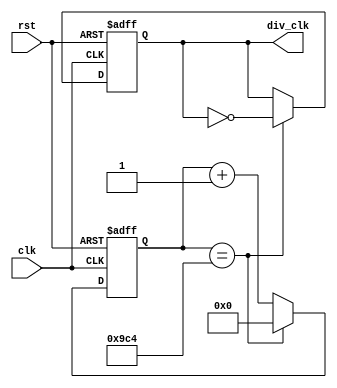
`define TimeExpire 2500

module clk_div(clk,rst,div_clk);
input clk,rst;
output div_clk;

reg div_clk;
reg [31:0]count;

always @(posedge clk or negedge rst)
    begin 
        if(!rst)
        begin 
            count <= 32'd0;
            div_clk <= 1'b0;
        end
        else
        begin 
            if(count == `TimeExpire)
            begin 
                count <= 32'd0;
                div_clk <= ~div_clk;
            end
            else
            begin
                count <= count + 32'd1;
            end
        end
    end

endmodule


module keypad (clk, rst, keyRow, keyCol, keyBuf);
    input clk, rst;
    input [3:0]keyCol;
    output reg [3:0]keyRow;
    output reg [3:0] keyBuf;
    reg [31:0] keyDelay;
    always @(posedge clk or negedge rst)begin
        if(!rst)
        begin
            keyDelay <= 31'd0;
            keyBuf <= 4'b0;
            keyRow <= 4'b1110; 
        end
        else
        begin
            case({keyRow, keyCol})
                8'b1110_1110 : keyBuf <= 4'h7;
                8'b1110_1101 : keyBuf <= 4'h4;
                8'b1110_1011 : keyBuf <= 4'h1;
                8'b1110_0111 : keyBuf <= 4'h0;

                8'b1101_1110 : keyBuf <= 4'h8;
                8'b1101_1101 : keyBuf <= 4'h5;
                8'b1101_1011 : keyBuf <= 4'h2;
                8'b1101_0111 : keyBuf <= 4'ha;

                8'b1011_1110 : keyBuf <= 4'h9;
                8'b1011_1101 : keyBuf <= 4'h6;
                8'b1011_1011 : keyBuf <= 4'h3;
                8'b1011_0111 : keyBuf <= 4'hb;

                8'b0111_1110 : keyBuf <= 4'hc;
                8'b0111_1101 : keyBuf <= 4'hd;
                8'b0111_1011 : keyBuf <= 4'he;
                8'b0111_0111 : keyBuf <= 4'hf;
            endcase
            case(keyRow)
                4'b1110 : keyRow <= 4'b1101;
                4'b1101 : keyRow <= 4'b1011;
                4'b1011 : keyRow <= 4'b0111;
                4'b0111 : keyRow <= 4'b1110;
                default : keyRow <= 4'b1110;
            endcase
        end
    end
endmodule


module dot_control (clk_div,rst,keyBuf,row,col);
    input clk_div,rst;
    input [3:0]keyBuf;
    output reg [7:0] row,col;
    reg [2:0] state;
    always @(posedge clk_div or negedge rst) begin
        if(rst == 0)
        begin
            row <= 8'd0;
            col <= 8'd0;
        end
        else
        begin
            case(keyBuf)
                4'd0:
                begin
                    case (state)
                        3'd0:begin row <= 8'b01111111; col <= 8'b00000000; end
                        3'd1:begin row <= 8'b10111111; col <= 8'b00000000; end
                        3'd2:begin row <= 8'b11011111; col <= 8'b00000000; end
                        3'd3:begin row <= 8'b11101111; col <= 8'b00000000; end
                        3'd4:begin row <= 8'b11110111; col <= 8'b00000000; end
                        3'd5:begin row <= 8'b11111011; col <= 8'b00000000; end
                        3'd6:begin row <= 8'b11111101; col <= 8'b11000000; end
                        3'd7:begin row <= 8'b11111110; col <= 8'b11000000; end
                    endcase
                    state <= state + 1'b1;
                end
                4'd1:
                begin
                    case (state)
                        3'd0:begin row <= 8'b01111111; col <= 8'b00000000; end
                        3'd1:begin row <= 8'b10111111; col <= 8'b00000000; end
                        3'd2:begin row <= 8'b11011111; col <= 8'b00000000; end
                        3'd3:begin row <= 8'b11101111; col <= 8'b00000000; end
                        3'd4:begin row <= 8'b11110111; col <= 8'b00000000; end
                        3'd5:begin row <= 8'b11111011; col <= 8'b00000000; end
                        3'd6:begin row <= 8'b11111101; col <= 8'b00110000; end
                        3'd7:begin row <= 8'b11111110; col <= 8'b00110000; end
                    endcase
                    state <= state + 1'b1;
                end
                4'd4:
                begin
                    case (state)
                        3'd0:begin row <= 8'b01111111; col <= 8'b00000000; end
                        3'd1:begin row <= 8'b10111111; col <= 8'b00000000; end
                        3'd2:begin row <= 8'b11011111; col <= 8'b00000000; end
                        3'd3:begin row <= 8'b11101111; col <= 8'b00000000; end
                        3'd4:begin row <= 8'b11110111; col <= 8'b00000000; end
                        3'd5:begin row <= 8'b11111011; col <= 8'b00000000; end
                        3'd6:begin row <= 8'b11111101; col <= 8'b00001100; end
                        3'd7:begin row <= 8'b11111110; col <= 8'b00001100; end
                    endcase
                    state <= state + 1'b1;
                end
                4'd7:
                begin
                    case (state)
                        3'd0:begin row <= 8'b01111111; col <= 8'b00000000; end
                        3'd1:begin row <= 8'b10111111; col <= 8'b00000000; end
                        3'd2:begin row <= 8'b11011111; col <= 8'b00000000; end
                        3'd3:begin row <= 8'b11101111; col <= 8'b00000000; end
                        3'd4:begin row <= 8'b11110111; col <= 8'b00000000; end
                        3'd5:begin row <= 8'b11111011; col <= 8'b00000000; end
                        3'd6:begin row <= 8'b11111101; col <= 8'b00000011; end
                        3'd7:begin row <= 8'b11111110; col <= 8'b00000011; end
                    endcase
                    state <= state + 1'b1;
                end
                4'd10:
                begin
                    case (state)
                        3'd0:begin row <= 8'b01111111; col <= 8'b00000000; end
                        3'd1:begin row <= 8'b10111111; col <= 8'b00000000; end
                        3'd2:begin row <= 8'b11011111; col <= 8'b00000000; end
                        3'd3:begin row <= 8'b11101111; col <= 8'b00000000; end
                        3'd4:begin row <= 8'b11110111; col <= 8'b11000000; end
                        3'd5:begin row <= 8'b11111011; col <= 8'b11000000; end
                        3'd6:begin row <= 8'b11111101; col <= 8'b00000000; end
                        3'd7:begin row <= 8'b11111110; col <= 8'b00000000; end
                    endcase
                    state <= state + 1'b1;
                end
                4'd2:
                begin
                    case (state)
                        3'd0:begin row <= 8'b01111111; col <= 8'b00000000; end
                        3'd1:begin row <= 8'b10111111; col <= 8'b00000000; end
                        3'd2:begin row <= 8'b11011111; col <= 8'b00000000; end
                        3'd3:begin row <= 8'b11101111; col <= 8'b00000000; end
                        3'd4:begin row <= 8'b11110111; col <= 8'b00110000; end
                        3'd5:begin row <= 8'b11111011; col <= 8'b00110000; end
                        3'd6:begin row <= 8'b11111101; col <= 8'b00000000; end
                        3'd7:begin row <= 8'b11111110; col <= 8'b00000000; end
                    endcase
                    state <= state + 1'b1;
                end
                4'd5:
                begin
                    case (state)
                        3'd0:begin row <= 8'b01111111; col <= 8'b00000000; end
                        3'd1:begin row <= 8'b10111111; col <= 8'b00000000; end
                        3'd2:begin row <= 8'b11011111; col <= 8'b00000000; end
                        3'd3:begin row <= 8'b11101111; col <= 8'b00000000; end
                        3'd4:begin row <= 8'b11110111; col <= 8'b00001100; end
                        3'd5:begin row <= 8'b11111011; col <= 8'b00001100; end
                        3'd6:begin row <= 8'b11111101; col <= 8'b00000000; end
                        3'd7:begin row <= 8'b11111110; col <= 8'b00000000; end
                    endcase
                    state <= state + 1'b1;
                end
                4'd8:
                begin
                    case (state)
                        3'd0:begin row <= 8'b01111111; col <= 8'b00000000; end
                        3'd1:begin row <= 8'b10111111; col <= 8'b00000000; end
                        3'd2:begin row <= 8'b11011111; col <= 8'b00000000; end
                        3'd3:begin row <= 8'b11101111; col <= 8'b00000000; end
                        3'd4:begin row <= 8'b11110111; col <= 8'b00000011; end
                        3'd5:begin row <= 8'b11111011; col <= 8'b00000011; end
                        3'd6:begin row <= 8'b11111101; col <= 8'b00000000; end
                        3'd7:begin row <= 8'b11111110; col <= 8'b00000000; end
                    endcase
                    state <= state + 1'b1;
                end
                4'd11:
                begin
                    case (state)
                        3'd0:begin row <= 8'b01111111; col <= 8'b00000000; end
                        3'd1:begin row <= 8'b10111111; col <= 8'b00000000; end
                        3'd2:begin row <= 8'b11011111; col <= 8'b11000000; end
                        3'd3:begin row <= 8'b11101111; col <= 8'b11000000; end
                        3'd4:begin row <= 8'b11110111; col <= 8'b00000000; end
                        3'd5:begin row <= 8'b11111011; col <= 8'b00000000; end
                        3'd6:begin row <= 8'b11111101; col <= 8'b00000000; end
                        3'd7:begin row <= 8'b11111110; col <= 8'b00000000; end
                    endcase
                    state <= state + 1'b1;
                end
                4'd3:
                begin
                    case (state)
                        3'd0:begin row <= 8'b01111111; col <= 8'b00000000; end
                        3'd1:begin row <= 8'b10111111; col <= 8'b00000000; end
                        3'd2:begin row <= 8'b11011111; col <= 8'b00110000; end
                        3'd3:begin row <= 8'b11101111; col <= 8'b00110000; end
                        3'd4:begin row <= 8'b11110111; col <= 8'b00000000; end
                        3'd5:begin row <= 8'b11111011; col <= 8'b00000000; end
                        3'd6:begin row <= 8'b11111101; col <= 8'b00000000; end
                        3'd7:begin row <= 8'b11111110; col <= 8'b00000000; end
                    endcase
                    state <= state + 1'b1;
                end
                4'd6:
                begin
                    case (state)
                        3'd0:begin row <= 8'b01111111; col <= 8'b00000000; end
                        3'd1:begin row <= 8'b10111111; col <= 8'b00000000; end
                        3'd2:begin row <= 8'b11011111; col <= 8'b00001100; end
                        3'd3:begin row <= 8'b11101111; col <= 8'b00001100; end
                        3'd4:begin row <= 8'b11110111; col <= 8'b00000000; end
                        3'd5:begin row <= 8'b11111011; col <= 8'b00000000; end
                        3'd6:begin row <= 8'b11111101; col <= 8'b00000000; end
                        3'd7:begin row <= 8'b11111110; col <= 8'b00000000; end
                    endcase
                    state <= state + 1'b1;
                end
                4'd9:
                begin
                    case (state)
                        3'd0:begin row <= 8'b01111111; col <= 8'b00000000; end
                        3'd1:begin row <= 8'b10111111; col <= 8'b00000000; end
                        3'd2:begin row <= 8'b11011111; col <= 8'b00000011; end
                        3'd3:begin row <= 8'b11101111; col <= 8'b00000011; end
                        3'd4:begin row <= 8'b11110111; col <= 8'b00000000; end
                        3'd5:begin row <= 8'b11111011; col <= 8'b00000000; end
                        3'd6:begin row <= 8'b11111101; col <= 8'b00000000; end
                        3'd7:begin row <= 8'b11111110; col <= 8'b00000000; end
                    endcase
                    state <= state + 1'b1;
                end
                4'd15:
                begin
                    case (state)
                        3'd0:begin row <= 8'b01111111; col <= 8'b11000000; end
                        3'd1:begin row <= 8'b10111111; col <= 8'b11000000; end
                        3'd2:begin row <= 8'b11011111; col <= 8'b00000000; end
                        3'd3:begin row <= 8'b11101111; col <= 8'b00000000; end
                        3'd4:begin row <= 8'b11110111; col <= 8'b00000000; end
                        3'd5:begin row <= 8'b11111011; col <= 8'b00000000; end
                        3'd6:begin row <= 8'b11111101; col <= 8'b00000000; end
                        3'd7:begin row <= 8'b11111110; col <= 8'b00000000; end
                    endcase
                    state <= state + 1'b1;
                end
                4'd14:
                begin
                    case (state)
                        3'd0:begin row <= 8'b01111111; col <= 8'b00110000; end
                        3'd1:begin row <= 8'b10111111; col <= 8'b00110000; end
                        3'd2:begin row <= 8'b11011111; col <= 8'b00000000; end
                        3'd3:begin row <= 8'b11101111; col <= 8'b00000000; end
                        3'd4:begin row <= 8'b11110111; col <= 8'b00000000; end
                        3'd5:begin row <= 8'b11111011; col <= 8'b00000000; end
                        3'd6:begin row <= 8'b11111101; col <= 8'b00000000; end
                        3'd7:begin row <= 8'b11111110; col <= 8'b00000000; end
                    endcase
                    state <= state + 1'b1;
                end
                4'd13:
                begin
                    case (state)
                        3'd0:begin row <= 8'b01111111; col <= 8'b00001100; end
                        3'd1:begin row <= 8'b10111111; col <= 8'b00001100; end
                        3'd2:begin row <= 8'b11011111; col <= 8'b00000000; end
                        3'd3:begin row <= 8'b11101111; col <= 8'b00000000; end
                        3'd4:begin row <= 8'b11110111; col <= 8'b00000000; end
                        3'd5:begin row <= 8'b11111011; col <= 8'b00000000; end
                        3'd6:begin row <= 8'b11111101; col <= 8'b00000000; end
                        3'd7:begin row <= 8'b11111110; col <= 8'b00000000; end
                    endcase
                    state <= state + 1'b1;
                end
                4'd12:
                begin
                    case (state)
                        3'd0:begin row <= 8'b01111111; col <= 8'b00000011; end
                        3'd1:begin row <= 8'b10111111; col <= 8'b00000011; end
                        3'd2:begin row <= 8'b11011111; col <= 8'b00000000; end
                        3'd3:begin row <= 8'b11101111; col <= 8'b00000000; end
                        3'd4:begin row <= 8'b11110111; col <= 8'b00000000; end
                        3'd5:begin row <= 8'b11111011; col <= 8'b00000000; end
                        3'd6:begin row <= 8'b11111101; col <= 8'b00000000; end
                        3'd7:begin row <= 8'b11111110; col <= 8'b00000000; end
                    endcase
                    state <= state + 1'b1;
                end
            endcase
        end
    end
endmodule

module test (clk, rst, keyRow,keyCol, outRow, outCol);
input clk,rst;
input [3:0] keyCol;
output [3:0] keyRow;
output [7:0] outRow;
output [7:0] outCol;
wire clk_div;
wire [3:0] keyBuf;
clk_div u_clk_div(.clk(clk),.rst(rst),.div_clk(clk_div));
keypad u_keypad (.clk(clk_div), .rst(rst), .keyRow(keyRow), .keyCol(keyCol), .keyBuf(keyBuf));
dot_control u_dot_control (.clk_div(clk_div),.rst(rst),.keyBuf(keyBuf),.row(outRow),.col(outCol));
endmodule